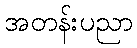
အတန်းပညာ